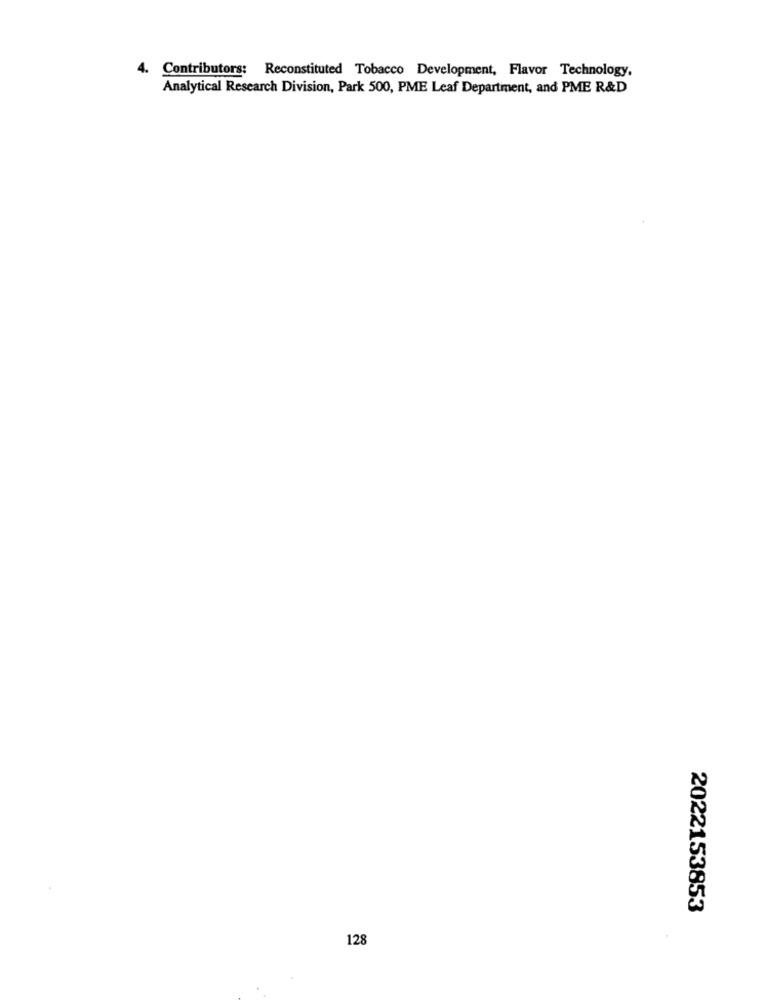
4.
Contributors: Reconstituted Tobacco Development, Flavor Technology.
Analytical Research Division, Park 500, PME Leaf Department, and PME R&D
2022153853
128